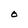
Character: O